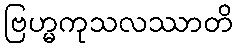
ဗြဟ္မကုသလဿာတိ